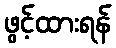
ဖွင့်ထားရန်